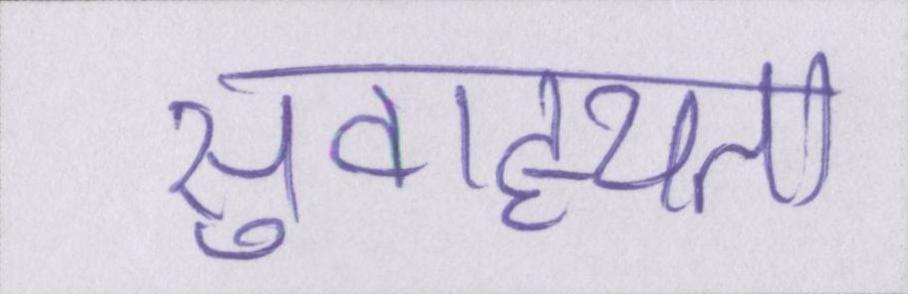
सुवाह्यता